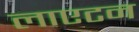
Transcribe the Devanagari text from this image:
लाएटन